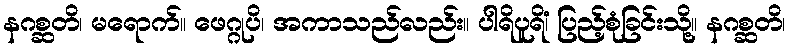
နဂစ္ဆတိ၊ မရောက်။ ဖေဂ္ဂုပိ၊ အကာသည်လည်း။ ပါရိပူရိံ၊ ပြည့်စုံခြင်းသို့။ နဂစ္ဆတိ၊